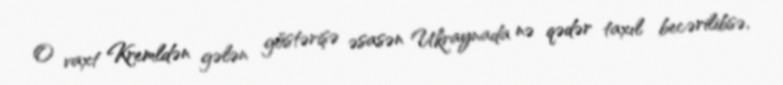
O vaxt Kremldən gələn göstərişə əsasən Ukraynada nə qədər taxıl becərilibsə,